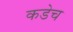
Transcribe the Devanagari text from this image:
कडेच